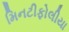
મિનટીફોલીયા